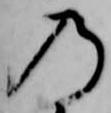
の